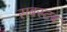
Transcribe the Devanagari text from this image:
सबस्टब